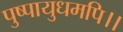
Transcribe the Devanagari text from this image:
पुष्पायुधमपि।।